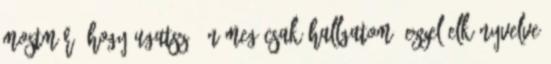
mostmár, hogy ugatsz, én meg csak hallgatom, ezzel elkönyvelve